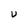
Character: U